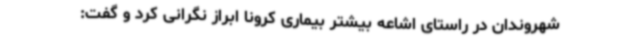
شهروندان در راستای اشاعه بیشتر بیماری کرونا ابراز نگرانی کرد و گفت: